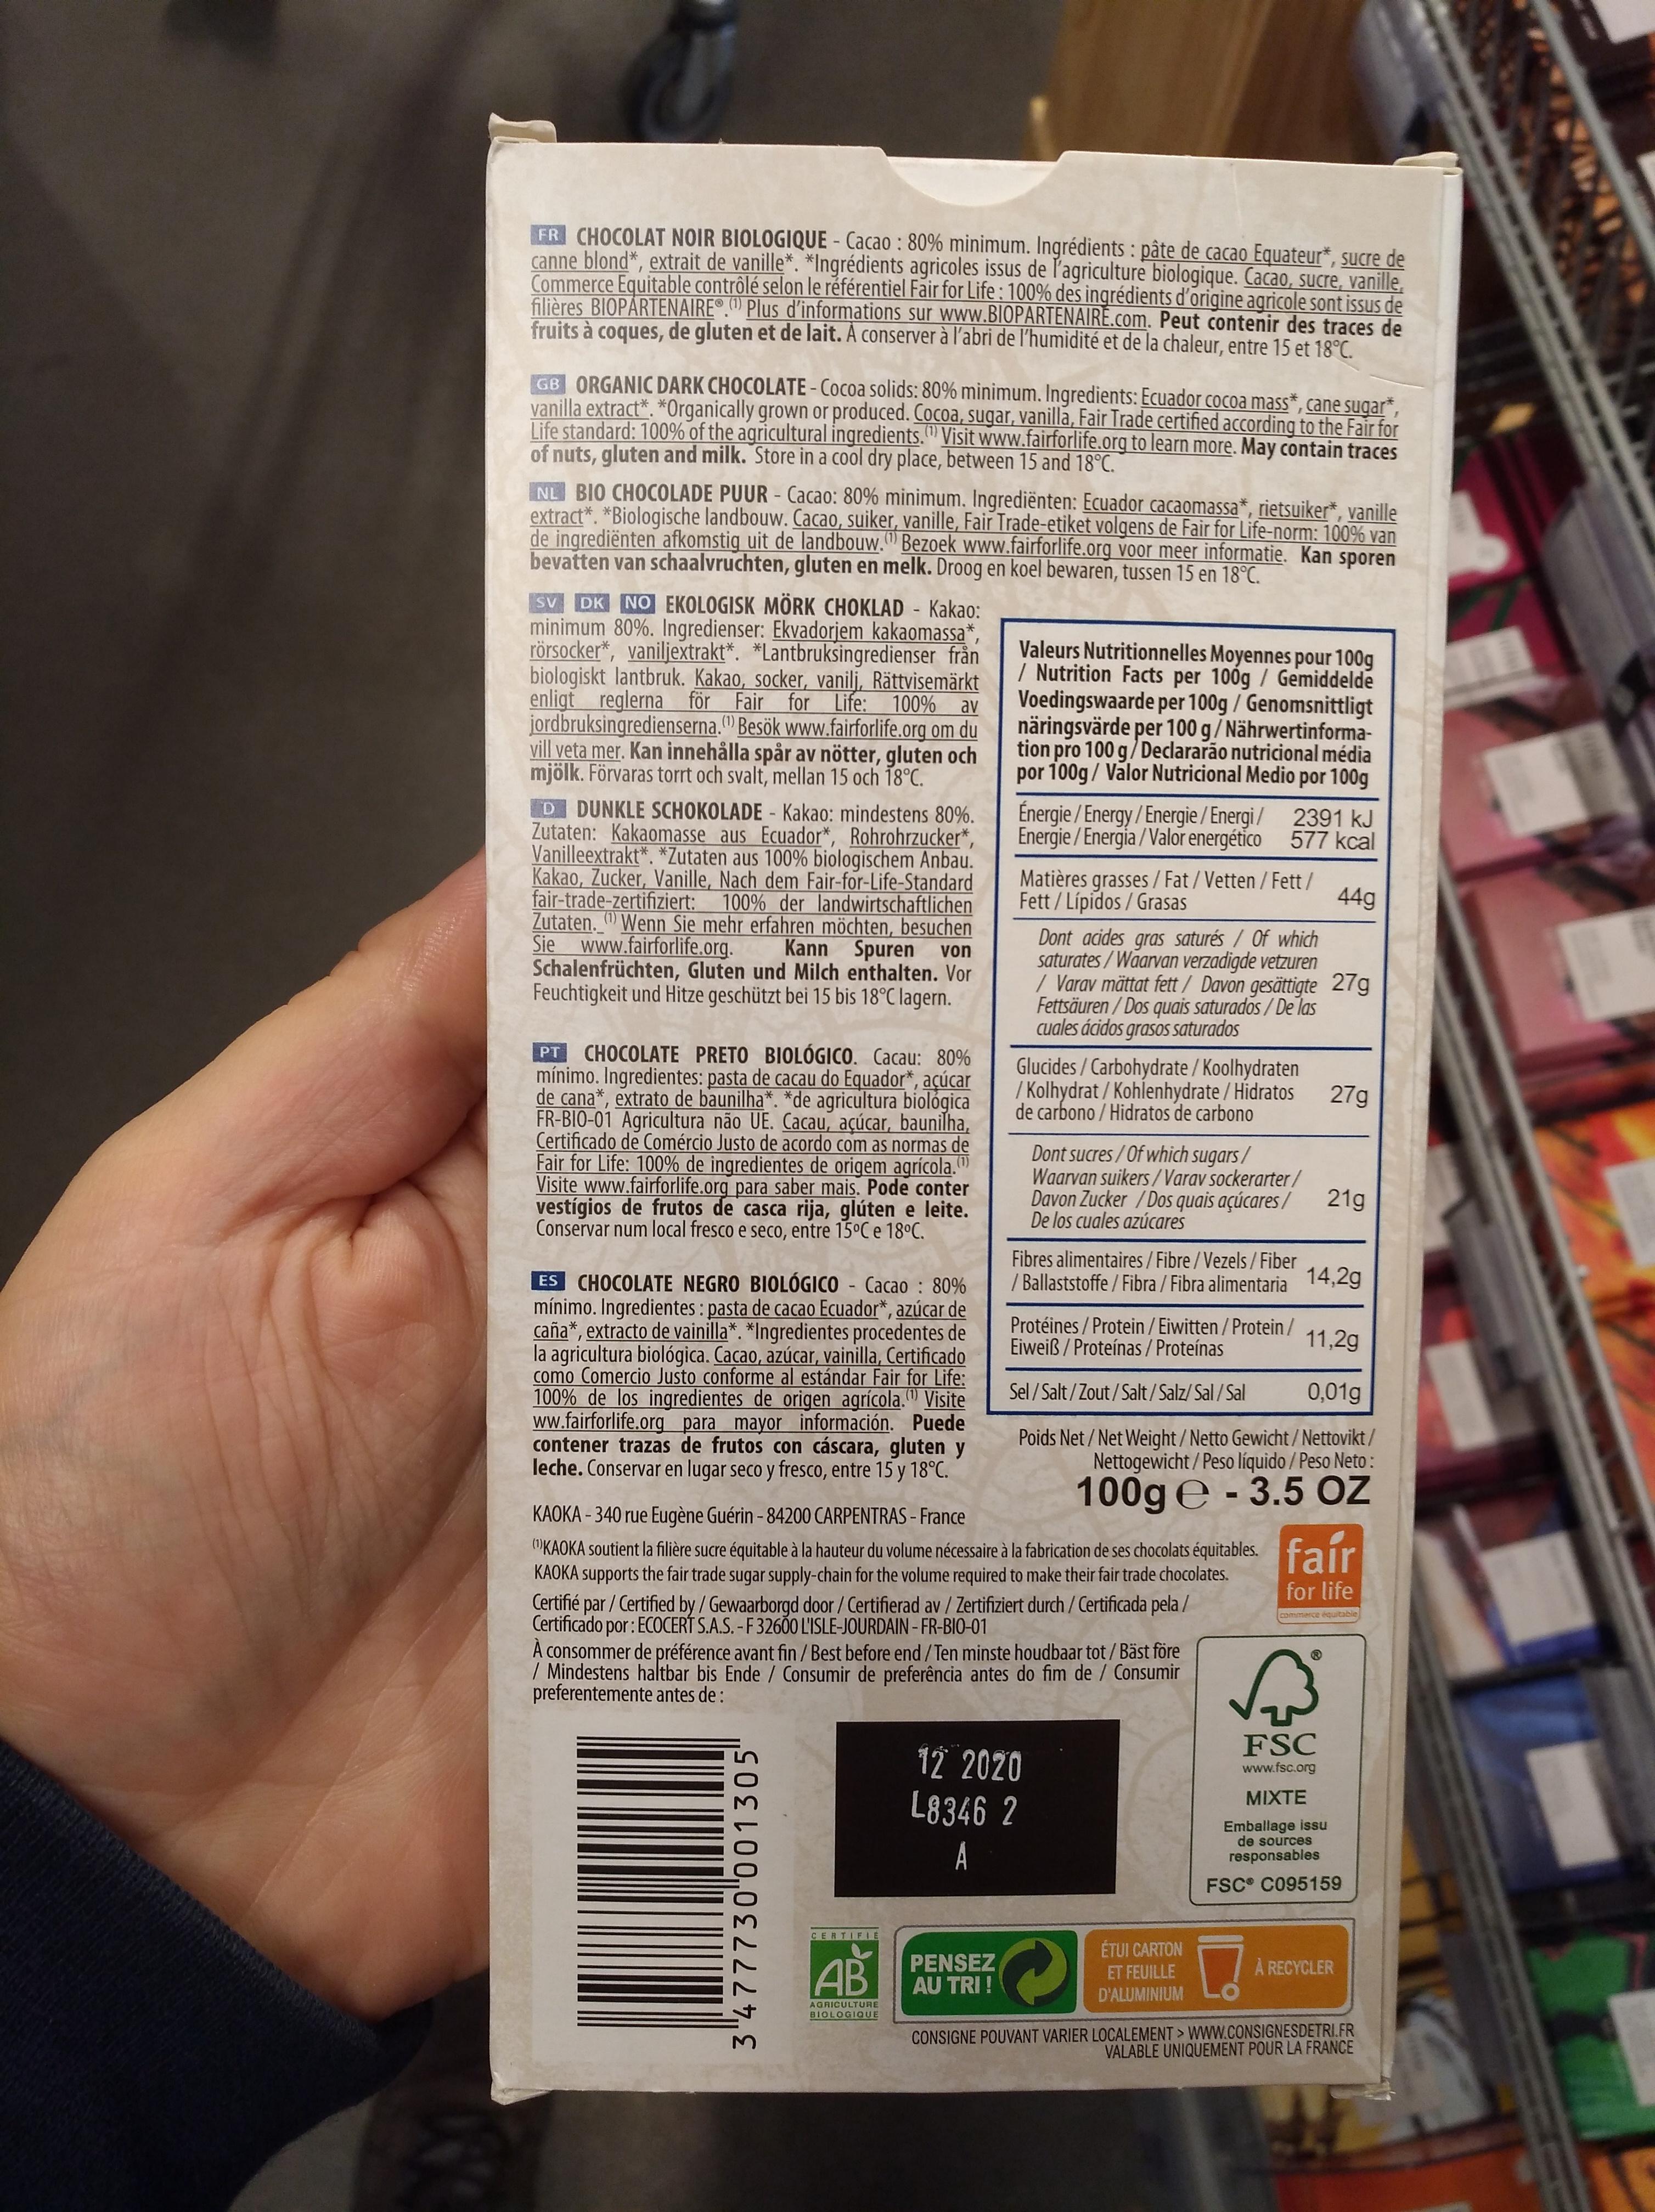
FR CHOCOLAT NOIR BIOLOGIQUE - Cacao: 80% minimum. Ingrédients: pâte de cacao Equateur*, sucre de canne blond*, extrait de vanille*. *Ingrédients agricoles issus de l'agriculture biologique. Cacao, sucre, vanille, Commerce Equitable contrôlé selon le référentiel Fair for Life: 100% des ingrédients d'origine agricole sont issus de filières BIOPARTENAIREⓇ.(¹) Plus d'informations sur www.BIOPARTENAIRE.com. Peut contenir des traces de fruits à coques, de gluten et de lait. A conserver à l'abri de l'humidité et de la chaleur, entre 15 et 18°C.
GB ORGANIC DARK CHOCOLATE - Cocoa solids: 80% minimum. Ingredients: Ecuador cocoa mass*, cane sugar* vanilla extract*. *Organically grown or produced. Cocoa, sugar, vanilla, Fair Trade certified according to the Fair for Life standard: 100% of the agricultural ingredients. Visit www.fairforlife.org to learn more. May contain traces of nuts, gluten and milk. Store in a cool dry place, between 15 and 18°C.
NL BIO CHOCOLADE PUUR - Cacao: 80% minimum. Ingrediënten: Ecuador cacaomassa*, rietsuiker*, vanille extract*. *Biologische landbouw. Cacao, suiker, vanille, Fair Trade-etiket volgens de Fair for Life-norm: 100% van de ingrediënten afkomstig uit de landbouw. Bezoek www.fairforlife.org voor meer informatie. Kan sporen bevatten van schaalvruchten, gluten en melk. Droog en koel bewaren, tussen 15 en 18°C.
SV DK NO EKOLOGISK MÖRK CHOKLAD - Kakao: minimum 80%. Ingredienser: Ekvadorjem kakaomassa*, rörsocker*, vaniljextrakt*. *Lantbruksingredienser från biologiskt lantbruk. Kakao, socker, vanilj, Rättvisemärkt enligt reglerna för Fair for Life: 100% av jordbruksingredienserna. Besök www.fairforlife.org om du (¹) vill veta mer. Kan innehålla spår av nötter, gluten och mjölk. Förvaras torrt och svalt, mellan 15 och 18°C.
D DUNKLE SCHOKOLADE - Kakao: mindestens 80%. Zutaten: Kakaomasse aus Ecuador*, Rohrohrzucker*, Vanilleextrakt*. *Zutaten aus 100% biologischem Anbau. Kakao, Zucker, Vanille, Nach dem Fair-for-Life-Standard fair-trade-zertifiziert: 100% der landwirtschaftlichen Zutaten. Wenn Sie mehr erfahren möchten, besuchen Sie www.fairforlife.org. Kann Spuren Schalenfrüchten, Gluten und Milch enthalten. Vor Feuchtigkeit und Hitze geschützt bei 15 bis 18°C lagern.
von
PT CHOCOLATE PRETO BIOLÓGICO. Cacau: 80% mínimo. Ingredientes: pasta de cacau do Equador*, açúcar de cana*, extrato de baunilha*. *de agricultura biológica FR-BIO-01 Agricultura não UE. Cacau, açúcar, baunilha, Certificado de Comércio Justo de acordo com as normas de Fair for Life: 100% de ingredientes de origem agrícola. Visite www.fairforlife.org para saber mais. Pode conter vestígios de frutos de casca rija, glúten e leite. Conservar num local fresco e seco, entre 15°C e 18°C.
ES CHOCOLATE NEGRO BIOLÓGICO - Cacao: 80% mínimo. Ingredientes: pasta de cacao Ecuador*, azúcar de caña*, extracto de vainilla*. *Ingredientes procedentes de la agricultura biológica. Cacao, azúcar, vainilla, Certificado como Comercio Justo conforme al estándar Fair for Life: 100% de los ingredientes de origen agrícola. Visite ww.fairforlife.org para mayor información. Puede contener trazas de frutos con cáscara, gluten y leche. Conservar en lugar seco y fresco, entre 15 y 18°C.
3477730001305¹
CERTIFIE
Valeurs Nutritionnelles Moyennes pour 100g / Nutrition Facts per 100g / Gemiddelde Voedingswaarde per 100g / Genomsnittligt näringsvärde per 100 g/Nährwertinformation pro 100 g/Declararão nutricional média por 100g / Valor Nutricional Medio por 100g
AB
AGRICULTURE BIOLOGIQUE
Énergie/Energy/Energie/Energi/ 2391 kJ Energie/Energia/Valor energético 577 kcal
44g
Matières grasses/Fat/Vetten / Fett/ Fett/Lípidos / Grasas
PENSEZ AU TRI !
Dont acides gras saturés/ Of which saturates/Waarvan verzadigde vetzuren / Varav mättat fett / Davon gesättigte 27g Fettsäuren/Dos quais saturados/De las cuales ácidos grasos saturados
Glucides/Carbohydrate / Koolhydraten /Kolhydrat / Kohlenhydrate/ Hidratos de carbono/Hidratos de carbono
KAOKA-340 rue Eugène Guérin - 84200 CARPENTRAS - France
(¹)KAOKA soutient la filière sucre équitable à la hauteur du volume nécessaire à la fabrication de ses chocolats équitables. KAOKA supports the fair trade sugar supply-chain for the volume required to make their fair trade chocolates. Certifié par / Certified by / Gewaarborgd door / Certifierad av / Zertifiziert durch / Certificada pela / Certificado por: ECOCERT S.A.S. -F 32600 L'ISLE-JOURDAIN-FR-BIO-01
Dont sucres/Of which sugars/ Waarvan suikers/Varav sockerarter/ Davon Zucker/Dos quais açúcares/ De los cuales azúcares
Fibres alimentaires/Fibre/Vezels/Fiber /Ballaststoffe/Fibra / Fibra alimentaria
À consommer de préférence avant fin / Best before end / Ten minste houdbaar tot / Bäst före / Mindestens haltbar bis Ende / Consumir de preferência antes do fim de / Consumir preferentemente antes de:
12 2020 L8346 2 A
Protéines / Protein / Eiwitten/Protein/ Eiweiß / Proteínas / Proteínas
11,2g
Sel/Salt/Zout/Salt/Salz/Sal/Sal 0,01g
27g
Poids Net/Net Weight/Netto Gewicht/Nettovikt / Nettogewicht/Peso líquido / Peso Neto:
100g -3.5 OZ
21g
ÉTUI CARTON ET FEUILLE D'ALUMINIUM
14,2g
fair
for life
commerce équitable
√√³
FSC
www.fsc.org MIXTE Emballage issu de sources
responsables FSC C095159
À RECYCLER
CONSIGNE POUVANT VARIER LOCALEMENT> WWW.CONSIGNESDETRI.FR VALABLE UNIQUEMENT POUR LA FRANCE
11
MIXIY
1